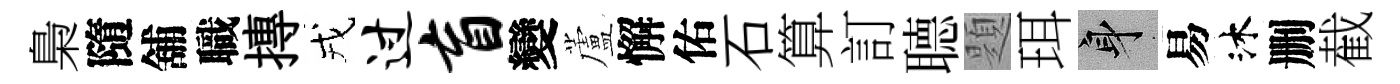
梟隨舖職摶戎过盲變蘆懈佑石算訂𦗟題珥身易沐删截